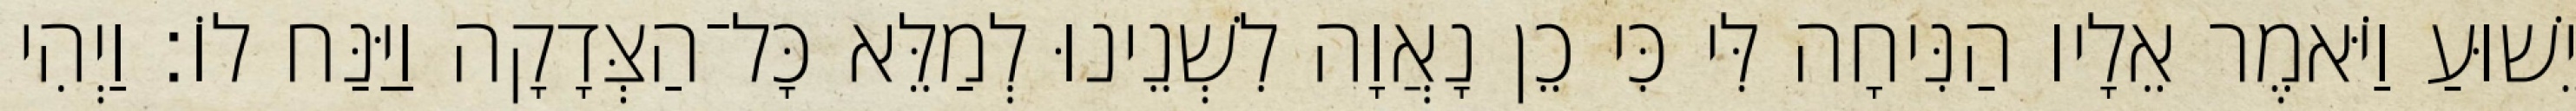
יֵשׁוּעַ וַיֹּאמֶר אֵלָיו הַנִּיחָה לִּי כִּי כֵן נָאֲוָה לִשְׁנֵינוּ לְמַלֵּא כָּל־הַצְּדָקָה וַיַּנַּח לוֹ׃ וַיְהִי